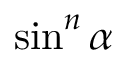
\sin ^ { n } \alpha